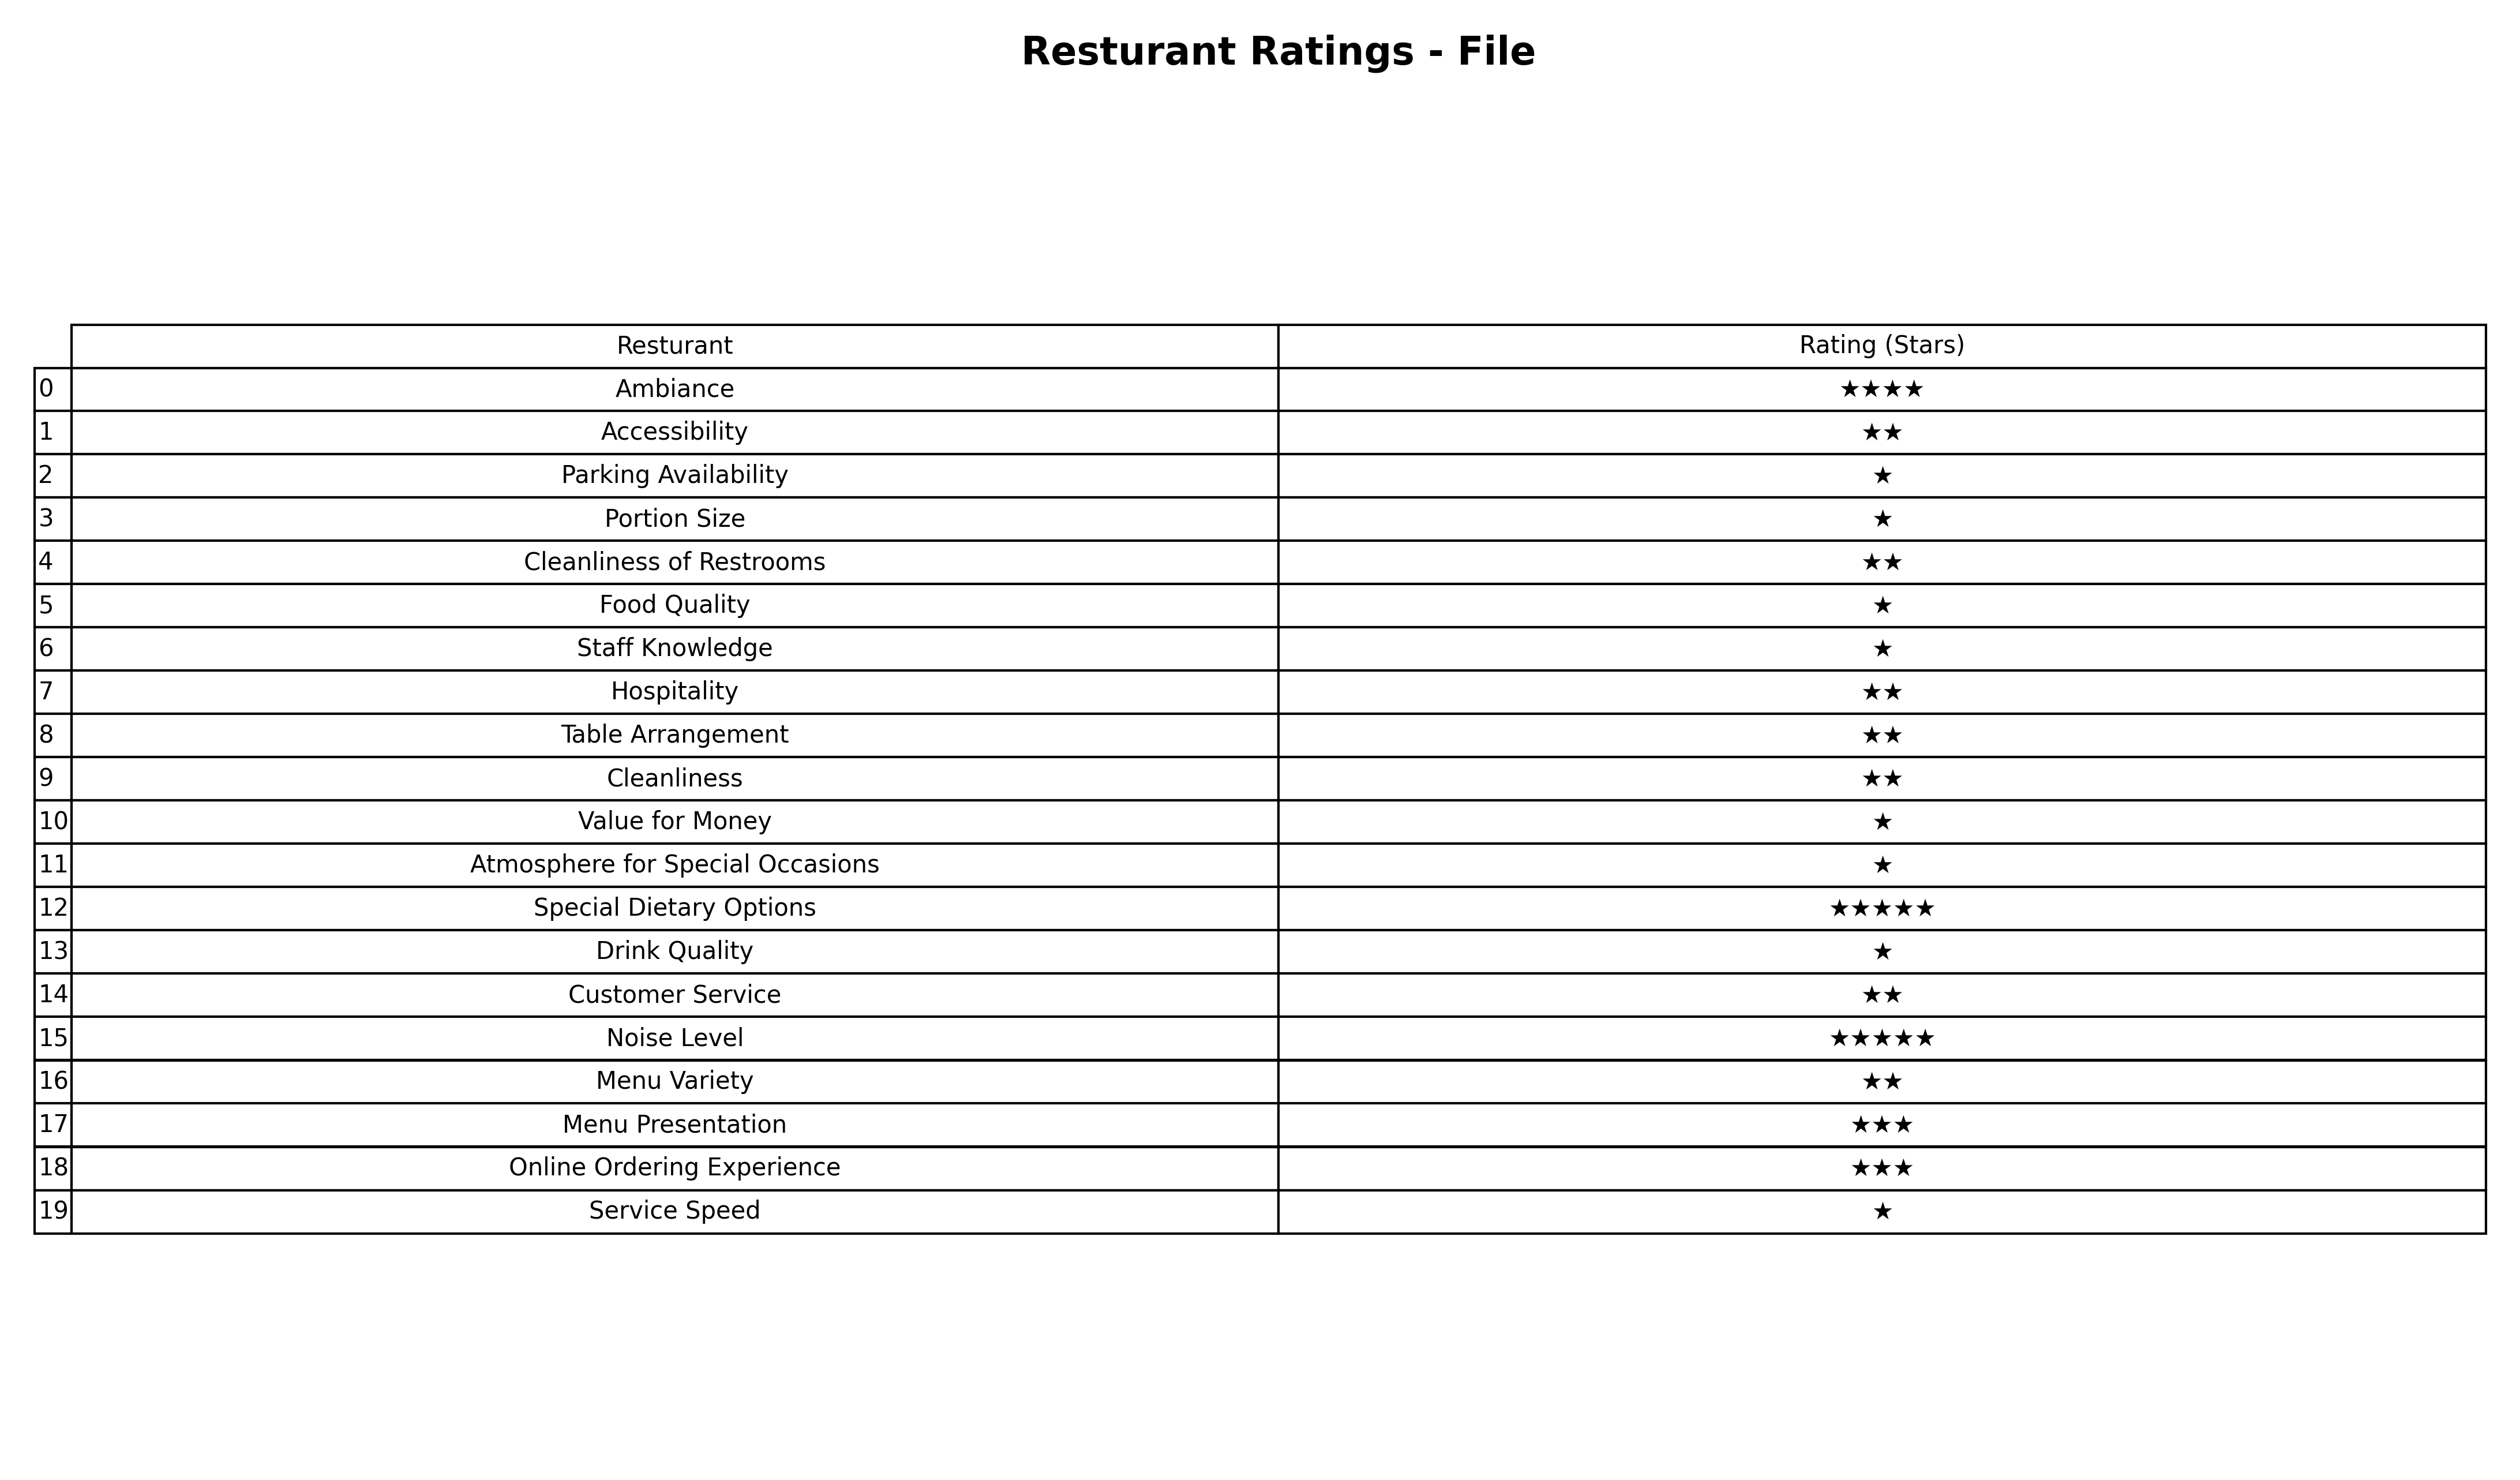
question: What is the rating of Customer Service?
answer: ★★